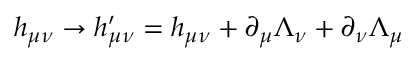
h _ { \mu \nu } \rightarrow h _ { \mu \nu } ^ { \prime } = h _ { \mu \nu } + \partial _ { \mu } \Lambda _ { \nu } + \partial _ { \nu } \Lambda _ { \mu }